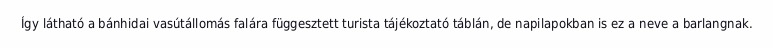
Így látható a bánhidai vasútállomás falára függesztett turista tájékoztató táblán, de napilapokban is ez a neve a barlangnak.